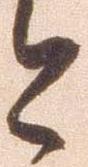
と